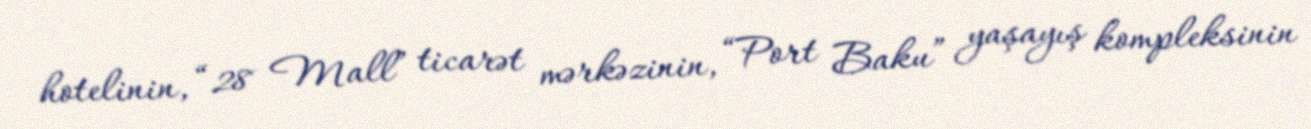
hotelinin, “28 Mall” ticarət mərkəzinin, “Port Baku” yaşayış kompleksinin